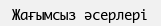
Жағымсыз әсерлері